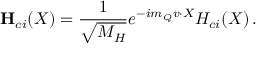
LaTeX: { \bf H } _ { c i } ( X ) = { \frac { 1 } { \sqrt { M _ { H } } } } e ^ { - i m _ { Q } v \cdot X } H _ { c i } ( X ) \, .